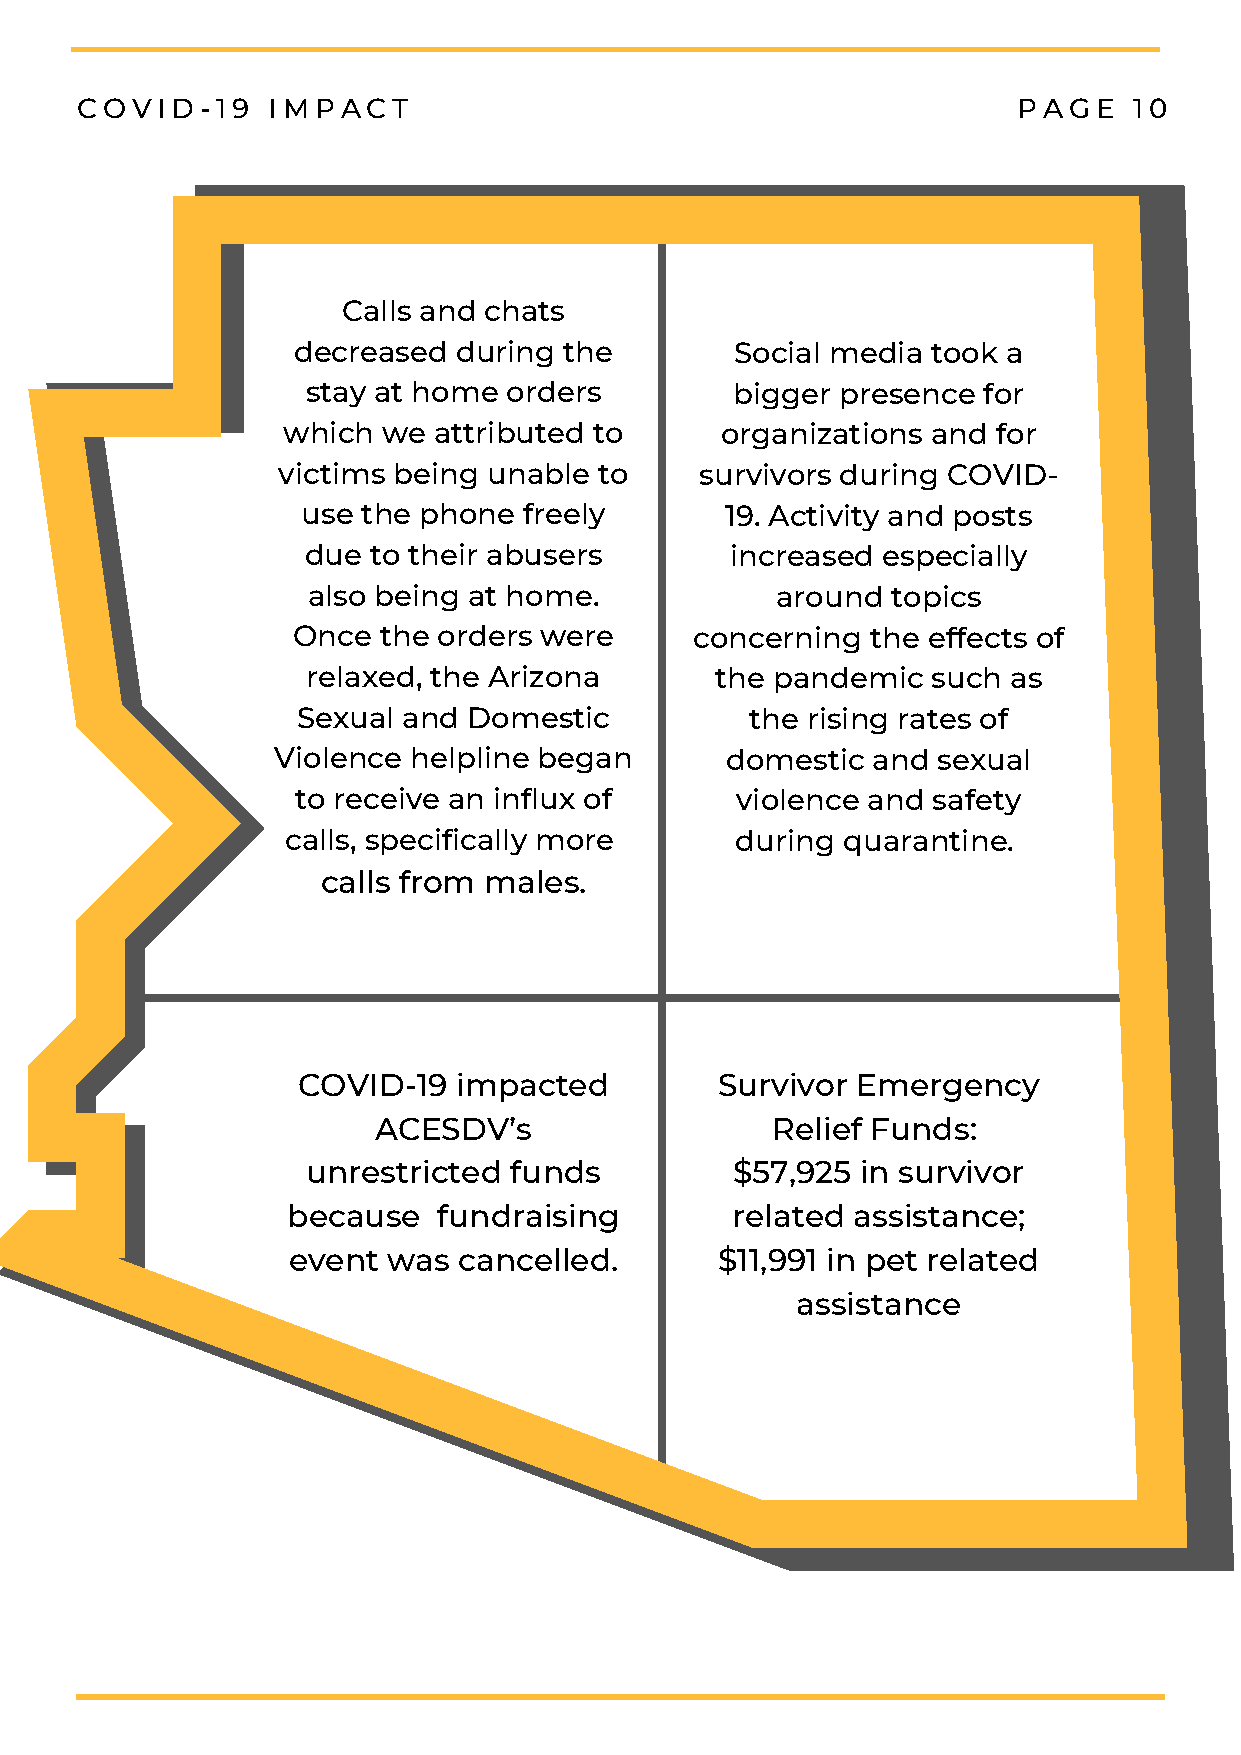
COVID-19     IMPACT                                           PAGE    10
 Calls and chats
 decreased  during the         Social media took a
 stay at home  orders         bigger presence for
 which we  attributed to      organizations and for
 victims being unable  to    survivors during COVID-
 use the phone  freely       19. Activity and posts
 due to their abusers        increased especially
 also being at home.            around  topics
 Once  the orders were      concerning  the effects of
 relaxed, the Arizona       the pandemic   such as
 Sexual and Domestic           the rising rates of
 Violence helpline began       domestic  and sexual
 to receive an influx of      violence and safety
 calls, specifically more      during quarantine.
 calls from males.
 COVID-19  impacted          Survivor Emergency
 ACESDV’s                  Relief Funds:
 unrestricted  funds          $57,925 in survivor
 because   fundraising        related assistance;
 event  was cancelled.        $11,991 in pet related
 assistance